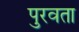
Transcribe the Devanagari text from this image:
पुरवता